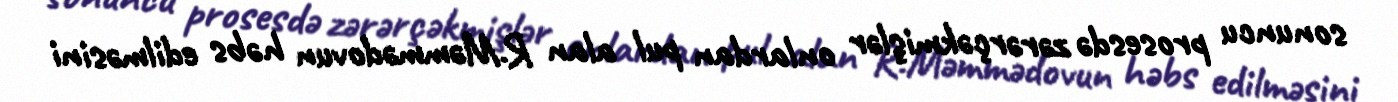
sonuncu prosesdə zərərçəkmişlər onlardan pul alan R.Məmmədovun həbs edilməsini